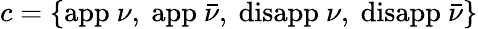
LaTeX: c=\{ \mathrm{app}~\nu,~\mathrm{app}~\bar{\nu},~\mathrm{disapp}~\nu,~\mathrm{disapp}~\bar{\nu}\}